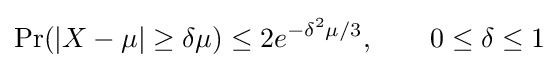
\Pr(|X-\mu |\geq \delta \mu )\leq 2e^{-\delta ^{2}\mu /3},\qquad 0\leq \delta \leq 1